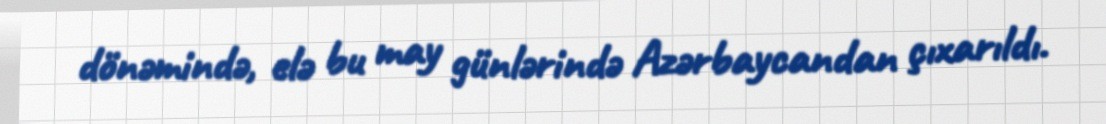
dönəmində, elə bu may günlərində Azərbaycandan çıxarıldı.